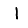
Digit: 1